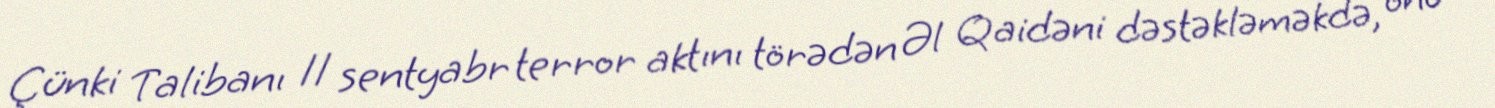
Çünki Talibanı 11 sentyabr terror aktını törədən Əl Qaidəni dəstəkləməkdə, onu